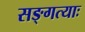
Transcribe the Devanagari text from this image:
सङ्गत्याः